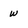
Character: w